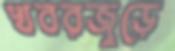
খবরজুড়ে